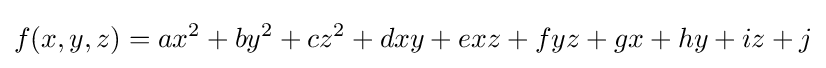
f(x,y,z)=ax^{2}+by^{2}+cz^{2}+dxy+exz+fyz+gx+hy+iz+j